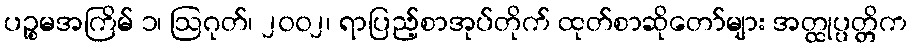
ပဉ္စမအကြိမ် ၁၊ ဩဂုတ်၊ ၂၀၀၂၊ ရာပြည့်စာအုပ်တိုက် ထုတ်စာဆိုတော်များ အတ္ထုပ္ပတ္တိက